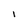
Character: I